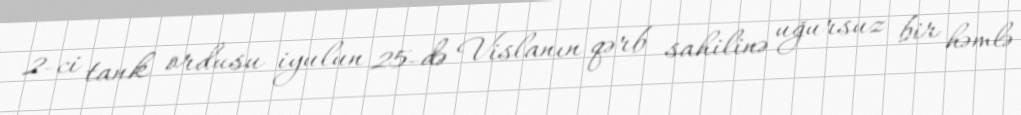
2-ci tank ordusu iyulun 25-də Vislanın qərb sahilinə uğursuz bir həmlə